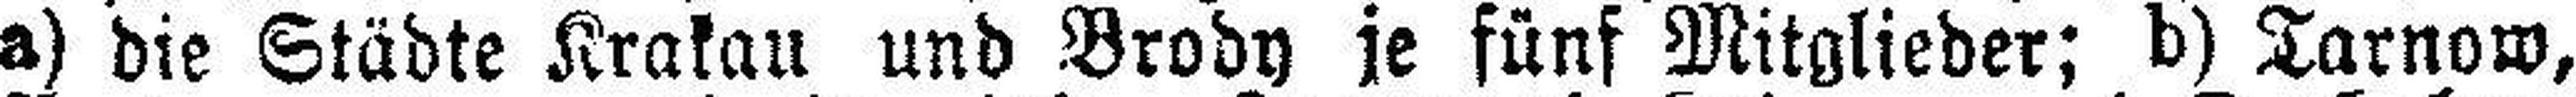
a) die Städte Krakau und Brody je fünf Mitglieder; b) Tarnow,